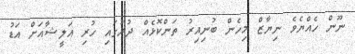
ނޫން ހެއްޔެވެ ނިޔާޒް މިހެން ބުނިއިރު ތަންކޮޅެއް ދުރުގައި ހުރި އަލީޝާއަށް އަޑު